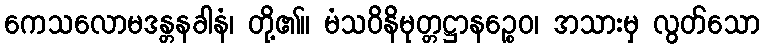
ကေသလောမဒန္တနခါနံ၊ တို့၏။ မံသဝိနိမုတ္တဋ္ဌာနဉ္စေဝ၊ အသားမှ လွတ်သော